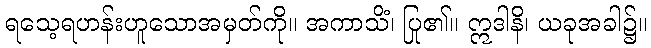
ရသေ့ရဟန်းဟူသောအမှတ်ကို။ အကာသိံ၊ ပြု၏။ ဣဒါနိ၊ ယခုအခါ၌။